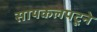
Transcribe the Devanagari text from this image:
सायकलपटूने